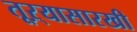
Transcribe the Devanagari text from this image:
तूऱ्यासारखी